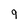
Character: 9